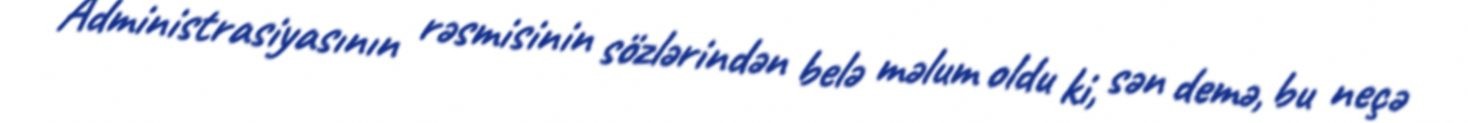
Administrasiyasının rəsmisinin sözlərindən belə məlum oldu ki, sən demə, bu neçə